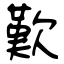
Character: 歎